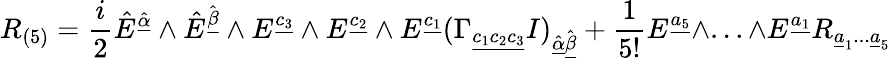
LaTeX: R_{(5)}={\frac{i}{2}}\hat{E}^{\hat{\underline{{\alpha}}}}\wedge\hat{E}^{\hat{\underline{{\beta}}}}\wedge E^{{\underline{{{c_{3}}}}}}\wedge E^{{\underline{{{c_{2}}}}}}\wedge E^{{\underline{{{c_{1}}}}}}(\Gamma_{{\underline{{{c_{1}c_{2}c_{3}}}}}}I)_{\hat{\underline{{{\alpha}}}}\hat{\underline{{{\beta}}}}}+{\frac{1}{5!}}E^{{\underline{{{a_{5}}}}}}\wedge...\wedge E^{{\underline{{{a_{1}}}}}}R_{\underline{{{a}}}_{1}...\underline{{{a}}}_{5}}